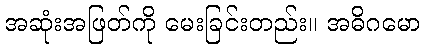
အဆုံးအဖြတ်ကို မေးခြင်းတည်း။ အဓိဂမော